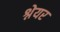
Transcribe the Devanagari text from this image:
श्नेयर